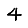
Digit: 4